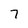
Character: 7